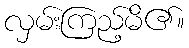
လှမ်းကြည့်မိ၏။